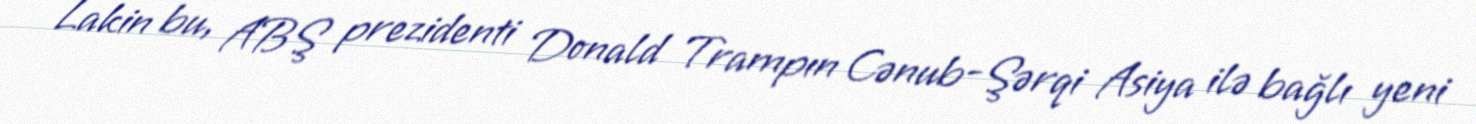
Lakin bu, ABŞ prezidenti Donald Trampın Cənub-Şərqi Asiya ilə bağlı yeni